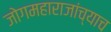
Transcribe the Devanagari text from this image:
जोगमहाराजांच्याच